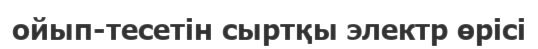
ойып-тесетін сыртқы электр өрісі